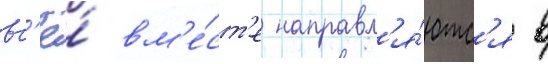
вс'ё́ вм'е́ст'е направл'я́ютс'я в